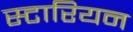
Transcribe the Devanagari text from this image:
स्टारियन